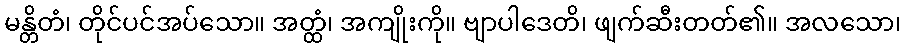
မန္တိတံ၊ တိုင်ပင်အပ်သော။ အတ္ထံ၊ အကျိုးကို။ ဗျာပါဒေတိ၊ ဖျက်ဆီးတတ်၏။ အလသော၊